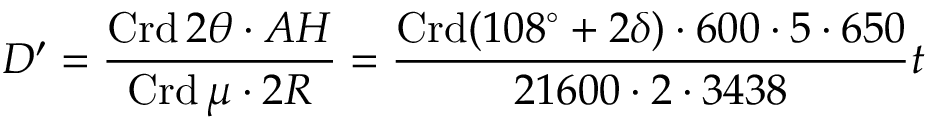
D ^ { \prime } = { \frac { \operatorname { C r d } 2 \theta \cdot A H } { \operatorname { C r d } \mu \cdot 2 R } } = { \frac { \operatorname { C r d } ( 1 0 8 ^ { \circ } + 2 \delta ) \cdot 6 0 0 \cdot 5 \cdot 6 5 0 } { 2 1 6 0 0 \cdot 2 \cdot 3 4 3 8 } } t